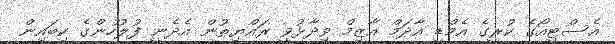
އެސްޓީއޯގެ ކުރީގެ އެމްޑީ އާދަމް އާޒިމް ވިދާޅުވީ ރައްޔިތުން އެދެނީ ފުލުހުންގެ ކިބައިން